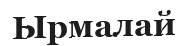
Ырмалай